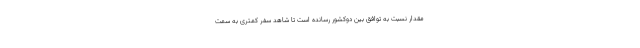
مقدار نسبت به توافق بین دوکشور رسانده است تا شاهد سفر کمتری به سمت